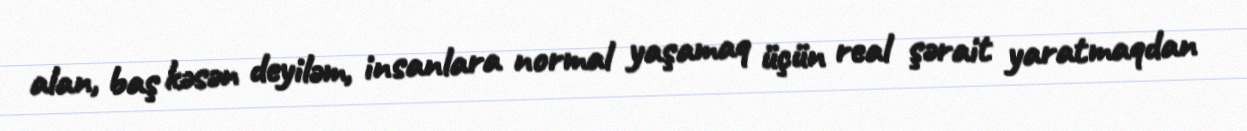
alan, baş kəsən deyiləm, insanlara normal yaşamaq üçün real şərait yaratmaqdan